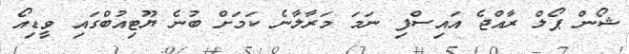
ޝޯން ޕޯލް ރާއްޖެ އައިސްފި ނަމަ މަރާލާނެ ކަމަށް ބުނެ ޔޫޓިއުބްގައި ވީޑިއޯ